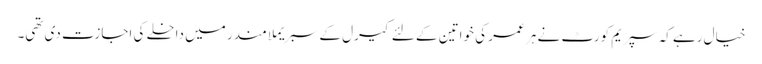
خیال رہے کہ سپریم کورٹ نے ہر عمر کی خواتین کے لئے کیرل کے سبریملا مندر میں داخلے کی اجازت دی تھی۔